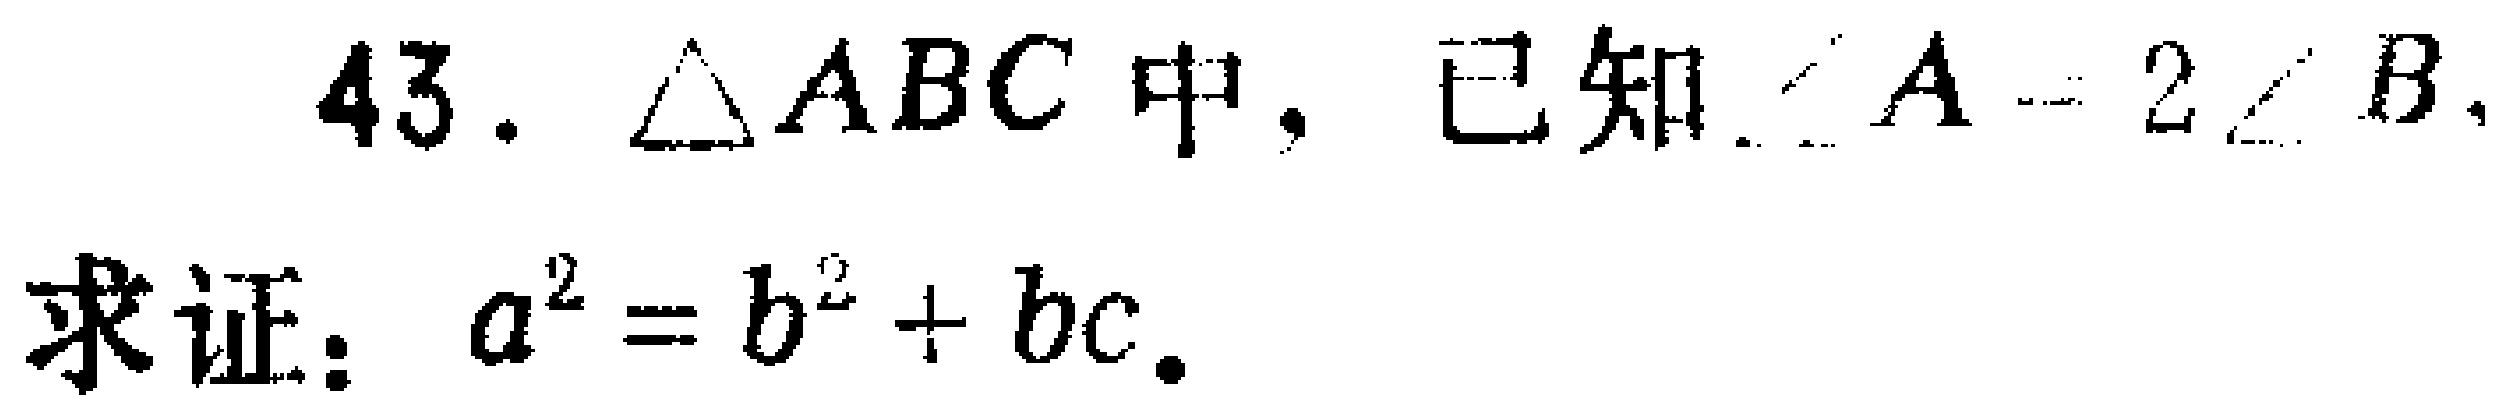
43. $\triangle ABC$中，已知$\angle A = 2\angle B,$
求证：$a^{2}=b^{2}+bc.$